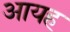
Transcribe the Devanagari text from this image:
आयह